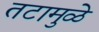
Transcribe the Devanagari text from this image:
तटामुळे